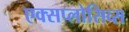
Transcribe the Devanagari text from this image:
एक्सप्लोसिव्स